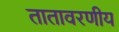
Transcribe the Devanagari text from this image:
तातावरणीय